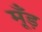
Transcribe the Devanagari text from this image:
मूँड़